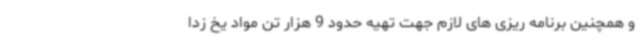
و همچنین برنامه ریزی های لازم جهت تهیه حدود 9 هزار تن مواد یخ زدا